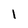
Character: 1